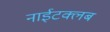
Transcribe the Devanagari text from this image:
नाईटक्लब